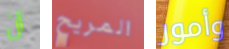
أن المريح وأمور